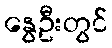
နွေဦးတွင်